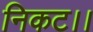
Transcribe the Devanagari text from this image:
निकट।।